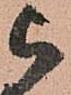
被